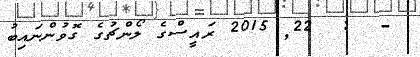
-  :  22